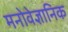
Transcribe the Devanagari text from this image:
मनोवेज्ञानिक